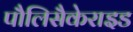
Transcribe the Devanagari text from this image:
पौलिसैकेराइड